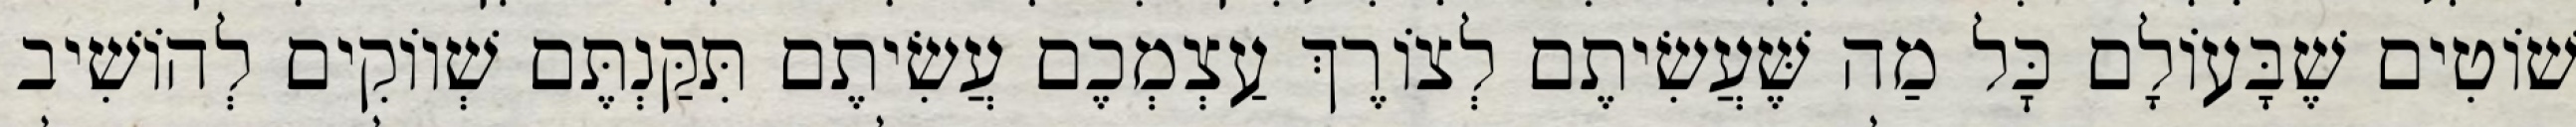
שׁוֹטִים שֶׁבָּעוֹלָם כׇּל מַה שֶּׁעֲשִׂיתֶם לְצוֹרֶךְ עַצְמְכֶם עֲשִׂיתֶם תִּקַּנְתֶּם שְׁווֹקִים לְהוֹשִׁיב